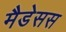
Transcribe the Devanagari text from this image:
मैडेसस